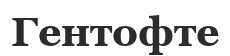
Гентофте